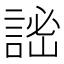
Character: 𧨨